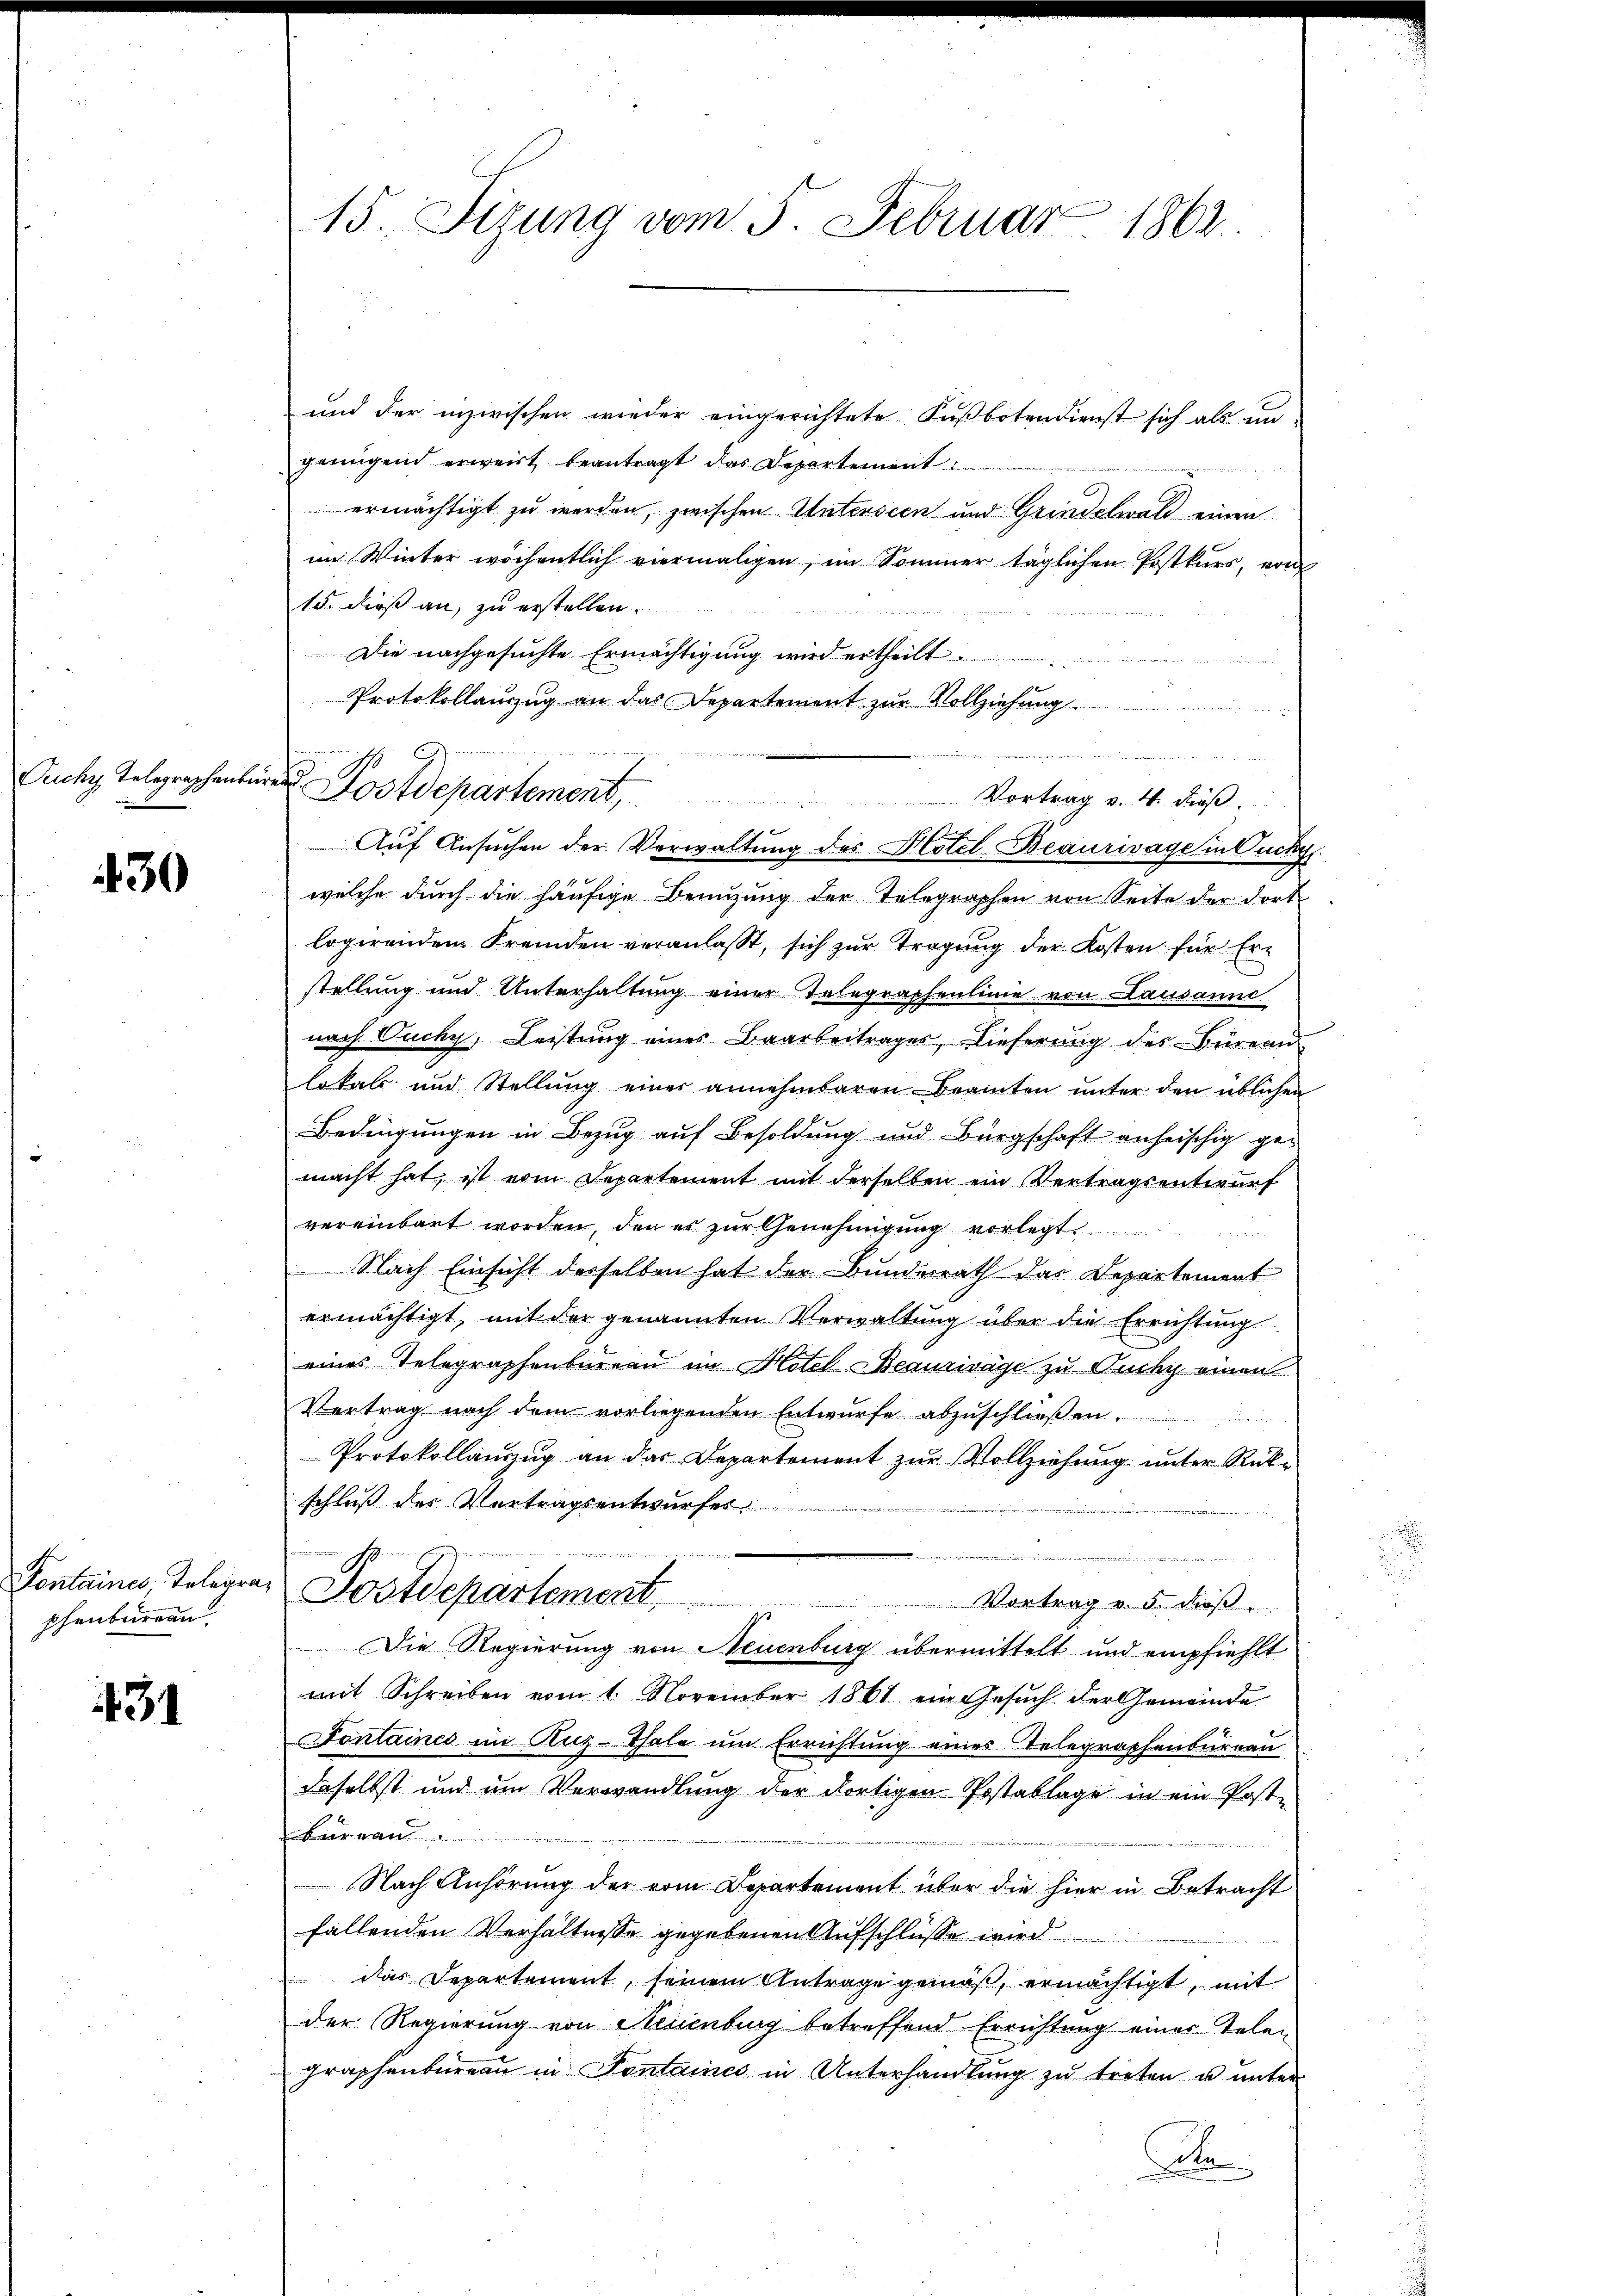
Puchy Telegraphenbüren.

430

Fontaines, Telegraphenbureau

131

15 Sizung vom 5. Februar 1862.

und der inzwischen wieder eingerichtete Fußbotendienst sich als in
genügend erweist beantragt das Departement
ermächtigt zu werden, zwischen Unterseen und Grindelwald einen
im Winter wöchentlich viermaligen, im Sommer täglichen Postkurs, von
15. dieß an, zu erstellen.
Die nachgesuchte Ermächtigung wird ertheilt.
Protokollanzug an das Departement zur Vollziehung
Aŭf Ansŭchen der Verwaltŭng des Hotel Beaurivage in Ouchy
welche durch die häufige Benutzung der Telegraphen von Seite der dort
logirendem Fremden veranlasst, sich zŭr Tragŭng der Kosten für Er-
stellung und Unterhaltung einer Tolegraphenlinie von Lausanne
nach Ouchy, Leistung eines Baarbeitrages, Dieferung des Büreau
lokal und Stellŭng einer annehmbaren Beamten unter den üblichen
Bedingungen in Bezug auf Besoldung und Bürgschaft anheischig gemacht hat, ist vom Departement mit derselben ein Vertragsentwurf
vereinbart worden, den es zur Genehmigung vorlegt
Nach Einsicht derselben hat der Bundesrath das Departement
ermächtigt, mit der genannten Verwaltung über die Errichtung
eines Telegraphenbureau im Hotel Beaurivage zu Quchy einen
Vertrag nach dem vorliegenden Entwurfe abzuschließen.
Protokollauszug an das Departement zur Vollziehung unter Rükschluß des Vertragsentwurfes

Postdepartement
Vortrag v. 5. dieß.
x
Die Regierung von Neuenburg übermittelt und empfiehlt
mit Schreiben vom 1. November 1861 ein Gesuch der Gemeinde
Fontaines im Ruz-Thale um Errichtung eines Telegraphenbureau
daselbst und um Verwandlung der dortigen Postablage in ein Post-
bureau
Nach Anhörung der vom Departement über die hier in Betracht
fallenden Verhältnisse gegebenen Aufschlüsse wird
das Departement, seinem Antrage gemäß, ermächtigt, mit
der Regierung von Neuenburg betreffend Errichtung einer Telen
graphenbureau in Fontaines in Unterhandlung zu treten u unter
o

.
18
Postdepartement, Vortrag v. 4. Fuß.